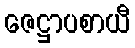
ဇေဋ္ဌာပစာယီ